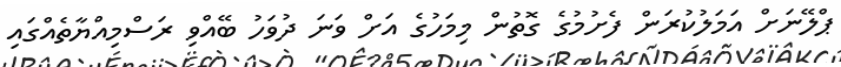
ޕްލޭނަށް އަމަލުކުރަން ފެށުމުގެ ގޮތުން މިމަހުގެ އަށް ވަނަ ދުވަހު ބޭއްވި ރަސްމިއްޔާތެއްގައި